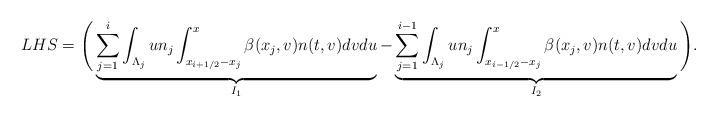
LaTeX: \begin{align*}LHS= \Bigg( \underbrace{\sum_{j=1}^{i} \int_{\Lambda_j} u n_j \int_{x_{i+ 1/2}-x_j}^{x_{}} \beta(x_j,v)n(t,v)dv du}_{I_1}- \underbrace{\sum_{j=1}^{i-1} \int_{\Lambda_j} u n_j \int_{x_{i-1/2}-x_j}^{x_{}} \beta(x_j,v)n(t,v)dv du}_{I_2} \Bigg).\end{align*}